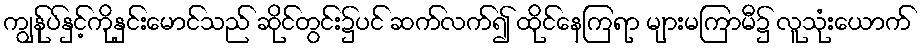
ကျွန်ုပ်နှင့်ကိုနှင်းမောင်သည် ဆိုင်တွင်း၌ပင် ဆက်လက်၍ ထိုင်နေကြရာ များမကြာမီ၌ လူသုံးယောက်